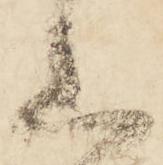
上